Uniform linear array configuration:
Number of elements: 24
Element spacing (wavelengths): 0.75
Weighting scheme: hann
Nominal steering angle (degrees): -30
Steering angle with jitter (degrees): -30.314
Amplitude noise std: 0.05
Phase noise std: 0.05

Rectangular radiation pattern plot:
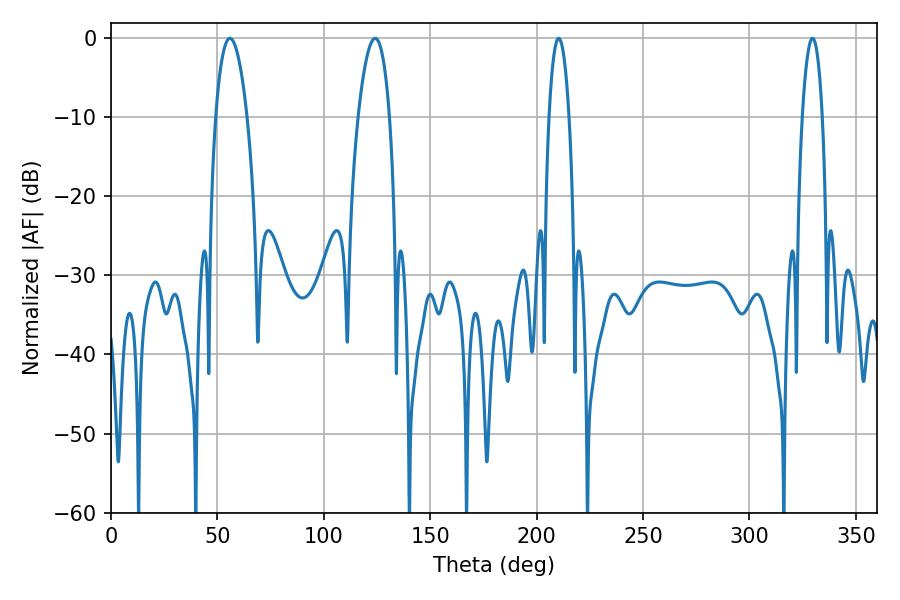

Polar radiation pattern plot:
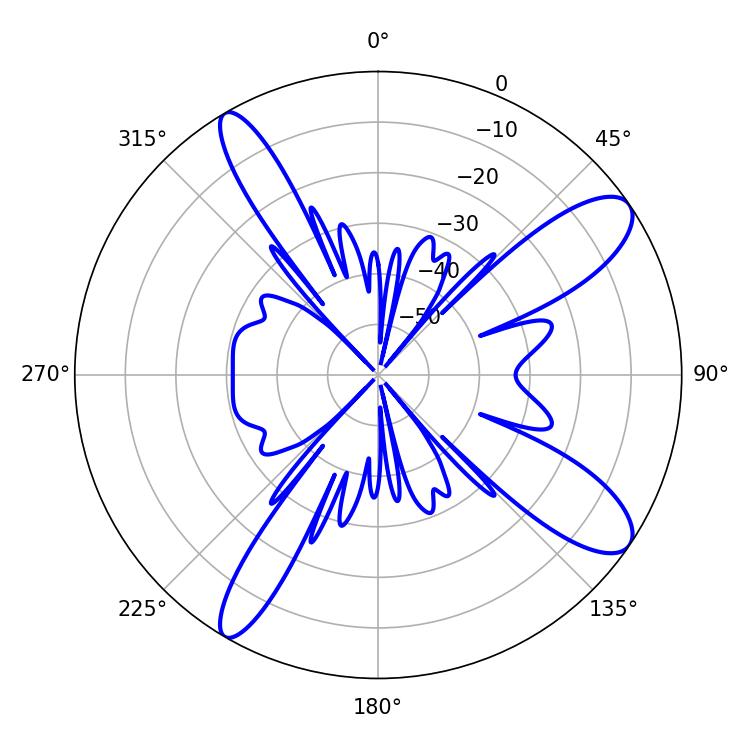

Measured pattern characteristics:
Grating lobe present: TRUE
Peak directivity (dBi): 11.113
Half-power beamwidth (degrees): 8.1
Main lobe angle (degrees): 55.8